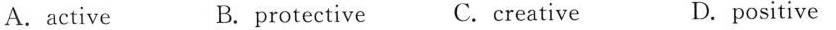
A.active B.protective C.creative D.positive